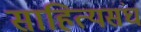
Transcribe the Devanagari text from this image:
साहित्यसंघ